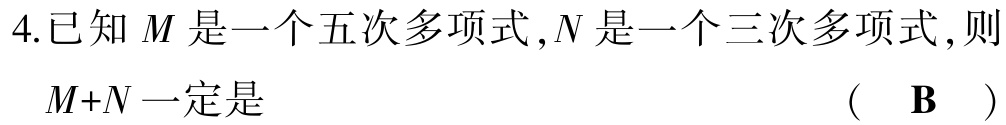
4.已知\(M\)是一个五次多项式，\(N\)是一个三次多项式，则\(M + N\)一定是 （ \(\mathbf{B}\) ）